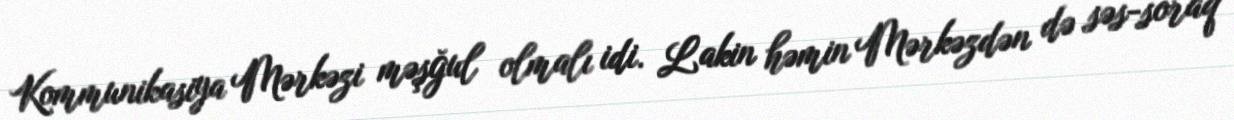
Kommunikasiya Mərkəzi məşğul olmalı idi. Lakin həmin Mərkəzdən də səs-soraq